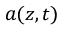
a ( z , t )